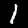
Label: 1